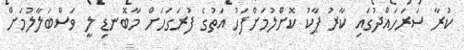
ކުރާ ސަރަހައްދުގައި ކާރު ޕާކު ކޮށްލުމަށްފަހު އަތުގެ ފުރަގަހަށް މާބޮނޑި ލީ ވަސްބަލާލުމަށް